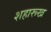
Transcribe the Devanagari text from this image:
शहारूख